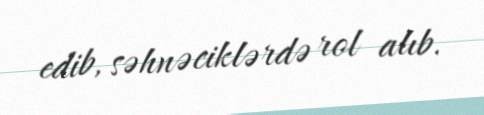
edib, səhnəciklərdə rol alıb.